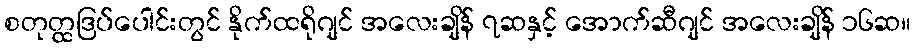
စတုတ္ထဒြပ်ပေါင်းတွင် နိုက်ထရိုဂျင် အလေးချိန် ၇ဆနှင့် အောက်ဆီဂျင် အလေးချိန် ၁၆ဆ။